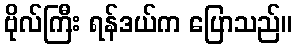
ဗိုလ်ကြီး ရန်ဒယ်က ပြောသည်။